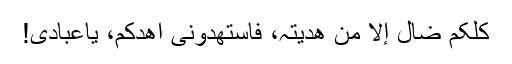
کلکم ضال إلا من ھدیتہ، فاستھدونی أھدکم، یاعبادی!